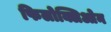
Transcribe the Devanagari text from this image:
फिलोक्लिओन